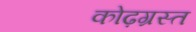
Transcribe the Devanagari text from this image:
कोढ़ग्रस्त